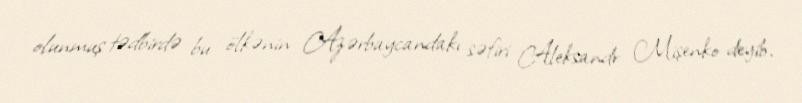
olunmuş tədbirdə bu ölkənin Azərbaycandakı səfiri Aleksandr Mişenko deyib.